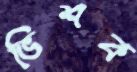
ভিশক